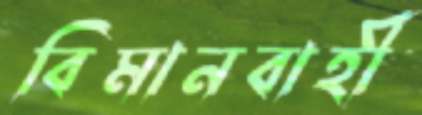
বিমানবাহী